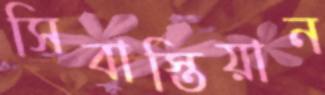
সিবাস্তিয়ান